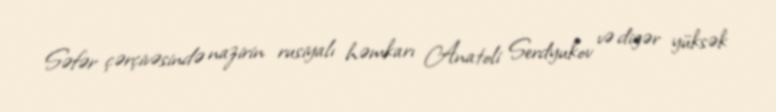
Səfər çərçivəsində nazirin rusiyalı həmkarı Anatoli Serdyukov və digər yüksək